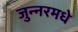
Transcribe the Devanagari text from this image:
जुन्नरमधे